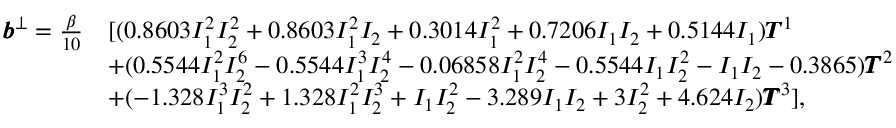
\begin{array} { r l } { \pmb { b } ^ { \bot } = \frac { \beta } { 1 0 } } & { [ ( 0 . 8 6 0 3 I _ { 1 } ^ { 2 } I _ { 2 } ^ { 2 } + 0 . 8 6 0 3 I _ { 1 } ^ { 2 } I _ { 2 } + 0 . 3 0 1 4 I _ { 1 } ^ { 2 } + 0 . 7 2 0 6 I _ { 1 } I _ { 2 } + 0 . 5 1 4 4 I _ { 1 } ) \pmb { T } ^ { 1 } } \\ & { + ( 0 . 5 5 4 4 I _ { 1 } ^ { 2 } I _ { 2 } ^ { 6 } - 0 . 5 5 4 4 I _ { 1 } ^ { 3 } I _ { 2 } ^ { 4 } - 0 . 0 6 8 5 8 I _ { 1 } ^ { 2 } I _ { 2 } ^ { 4 } - 0 . 5 5 4 4 I _ { 1 } I _ { 2 } ^ { 2 } - I _ { 1 } I _ { 2 } - 0 . 3 8 6 5 ) \pmb { T } ^ { 2 } } \\ & { + ( - 1 . 3 2 8 I _ { 1 } ^ { 3 } I _ { 2 } ^ { 2 } + 1 . 3 2 8 I _ { 1 } ^ { 2 } I _ { 2 } ^ { 3 } + I _ { 1 } I _ { 2 } ^ { 2 } - 3 . 2 8 9 I _ { 1 } I _ { 2 } + 3 I _ { 2 } ^ { 2 } + 4 . 6 2 4 I _ { 2 } ) \pmb { T } ^ { 3 } ] , } \end{array}